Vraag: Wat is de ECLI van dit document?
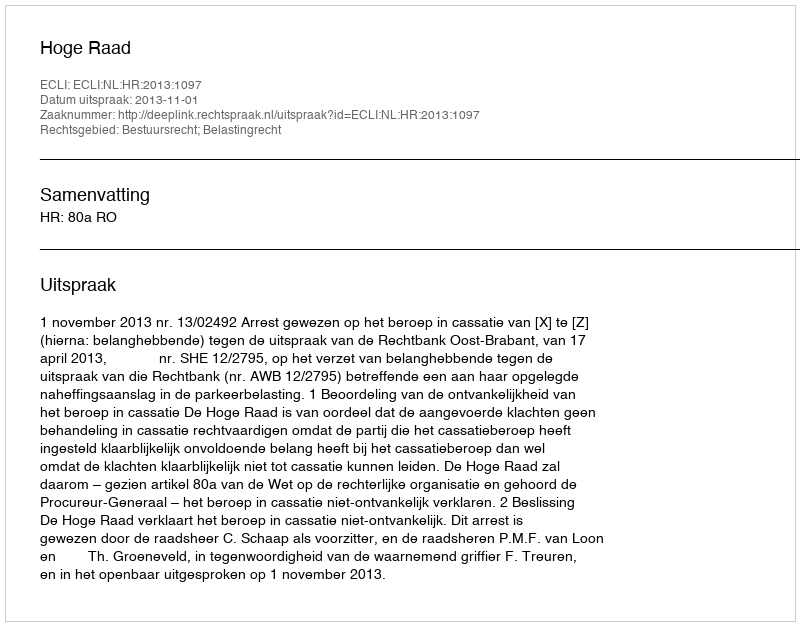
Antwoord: ECLI:NL:HR:2013:1097